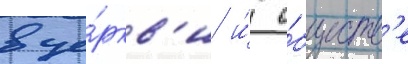
в це́ркв'и и́ о́бществ'е